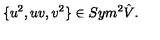
\{ u ^ { 2 } , u v , v ^ { 2 } \} \in S y m ^ { 2 } \hat { V } .